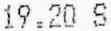
19.20 S